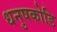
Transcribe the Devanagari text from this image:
धनुषकोडि